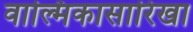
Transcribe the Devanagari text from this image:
वाल्मिकासारिखा